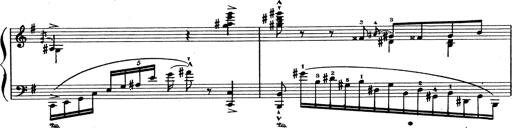
Title: Grosses Konzertsolo
Composer: Franz Liszt